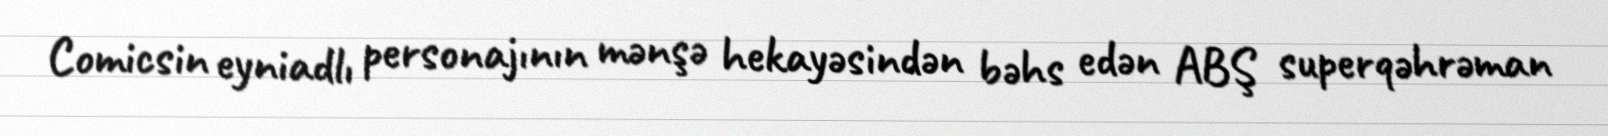
Comicsin eyniadlı personajının mənşə hekayəsindən bəhs edən ABŞ superqəhrəman